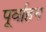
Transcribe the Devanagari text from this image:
पूर्वाहन